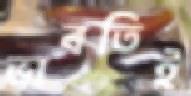
ভাবতিই